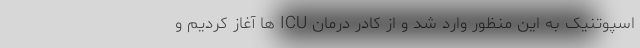
اسپوتنیک به این منظور وارد شد و از کادر درمان ICU ها آغاز کردیم و